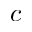
c